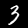
Label: 3